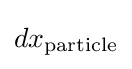
dx_{\text{particle}}